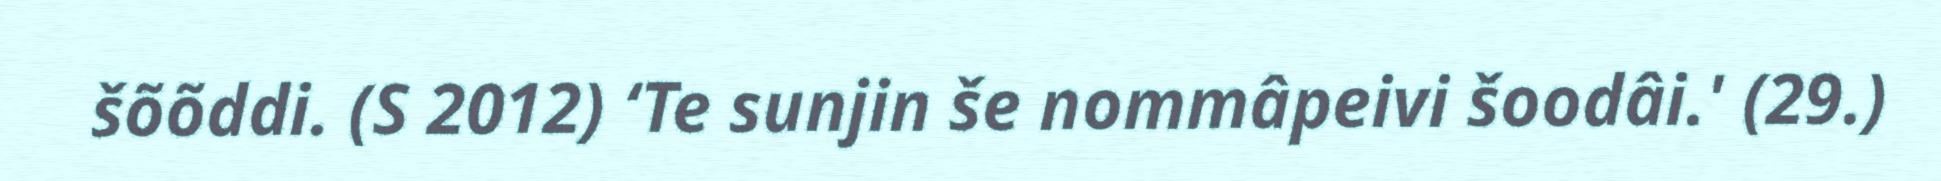
šõõddi. (S 2012) ‘Te sunjin še nommâpeivi šoodâi.' (29.)